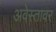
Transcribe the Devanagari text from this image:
अवेस्तावर